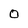
Character: 0